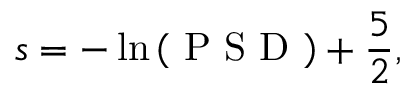
s = - \ln \left( \mathrm { ~ P ~ S ~ D ~ } \right) + \frac { 5 } { 2 } ,